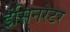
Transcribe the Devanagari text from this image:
इंसिनरेटर